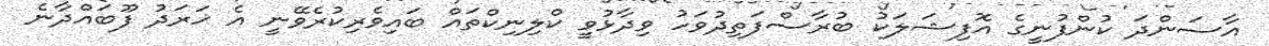
އާސަންދަ ކުންފުނީގެ އޮފިޝަލަކު ބުރާސްފަތިދުވަހު ވިދާޅުވީ ކްލިނިކްތައް ބައިވެރިކުރެވޭނީ އެ ޚަރަދު ފޫބައްދާނެ